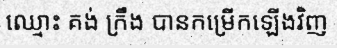
ឈ្មោះ គង់ ក្រឹង បានកម្រើកឡើងវិញ